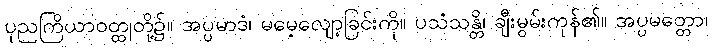
ပုညကြိယာဝတ္ထုတို့၌။ အပ္ပမာဒံ၊ မမေ့လျော့ခြင်းကို။ ပသံသန္တိ၊ ချီးမွမ်းကုန်၏။ အပ္ပမတ္တော၊